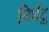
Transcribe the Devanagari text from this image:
निर्घटु